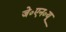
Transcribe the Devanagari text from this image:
जे०एन०यू